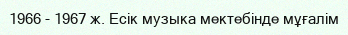
1966 - 1967 ж. Есік музыка мектебінде мұғалім